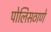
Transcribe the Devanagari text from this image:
पोलिसठाणे